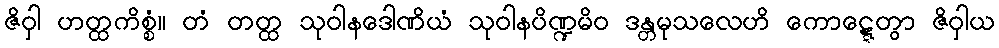
ဇိဝှါ ဟတ္ထကိစ္စံ။ တံ တတ္ထ သုဝါနဒေါဏိယံ သုဝါနပိဏ္ဍမိဝ ဒန္တမုသလေဟိ ကောဋ္ဋေတွာ ဇိဝှါယ